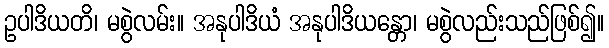
ဥပါဒိယတိ၊ မစွဲလမ်း။ အနုပါဒိယံ အနုပါဒိယန္တော၊ မစွဲလည်းသည်ဖြစ်၍။